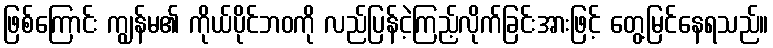
ဖြစ်ကြောင်း ကျွန်မ၏ ကိုယ်ပိုင်ဘဝကို လည်ပြန်ငဲ့ကြည့်လိုက်ခြင်းအားဖြင့် တွေ့မြင်နေရသည်။